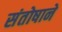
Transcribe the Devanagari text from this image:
संतोषाने